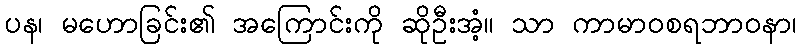
ပန၊ မဟောခြင်း၏ အကြောင်းကို ဆိုဦးအံ့။ သာ ကာမာဝစရဘာဝနာ၊